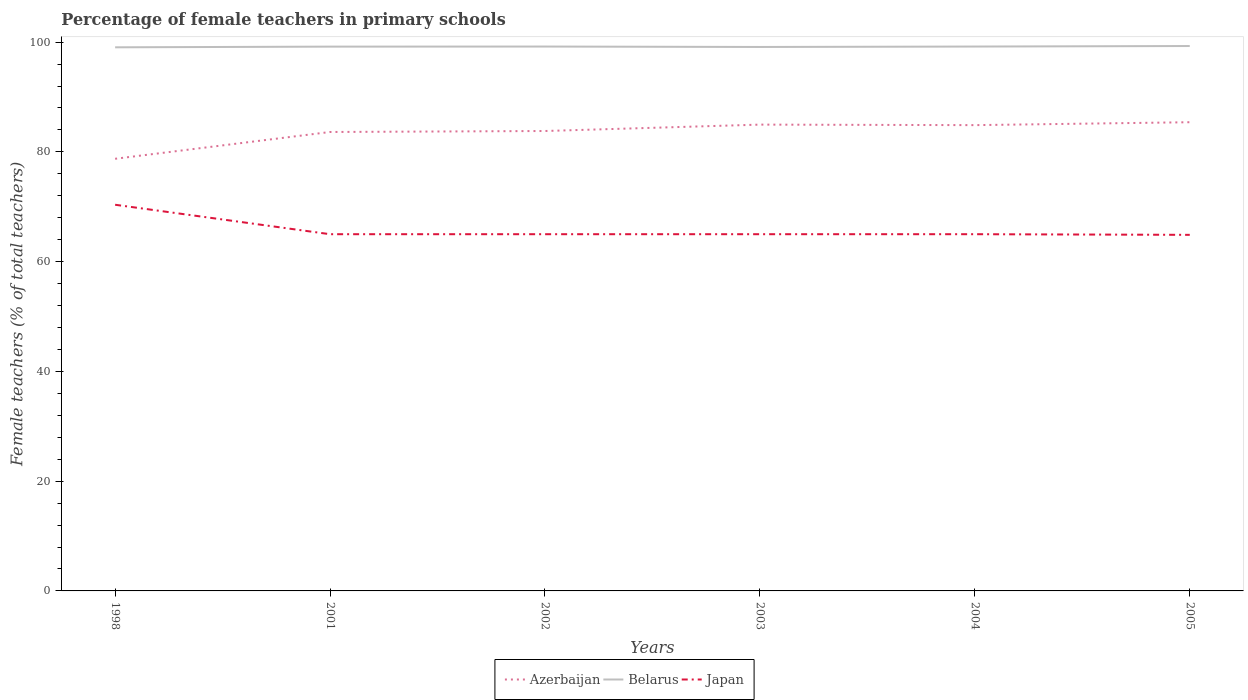
| Years | Azerbaijan | Belarus | Japan |
 | --- | --- | --- | --- |
 | 1998 | 78.7 | 99.1 | 70.4 |
 | 2001 | 83.6 | 99.2 | 65 |
 | 2002 | 83.8 | 99.2 | 65 |
 | 2003 | 85 | 99.1 | 65 |
 | 2004 | 84.9 | 99.2 | 65 |
 | 2005 | 85.4 | 99.3 | 64.9 |